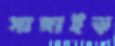
সাঙ্গাইড়